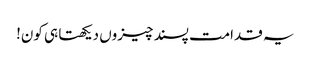
یہ قدامت پسند چیزوں دیکھتا ہی کون!